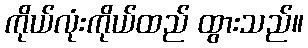
ကိုယ်လုံးကိုယ်ထည် ထွားသည်။